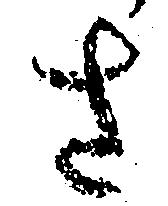
さ